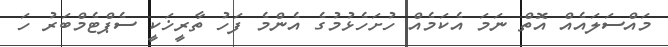
މައްސަލައެއް އޮތް ނަމަ އެކަމެއް ހުށަހެޅުމުގެ އެންމެ ފަހު ތާރީޚަކީ ސެޕްޓެމްބަރު ހަ